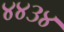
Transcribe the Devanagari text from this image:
४४३४